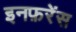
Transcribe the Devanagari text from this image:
इनफ़रेंस